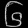
Digit: ၆